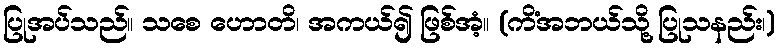
ပြုအပ်သည်။ သစေ ဟောတိ၊ အကယ်၍ ဖြစ်အံ့။ (ကိံအဘယ်သို့ ပြုသနည်း၊)